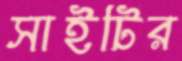
সাইটির